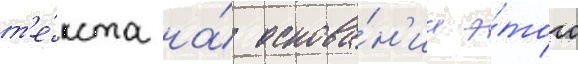
т'е́кста на́ основа́н'ии э́того